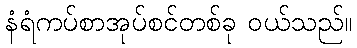
နံရံကပ်စာအုပ်စင်တစ်ခု ဝယ်သည်။